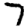
Digit: 7